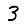
Digit: 3